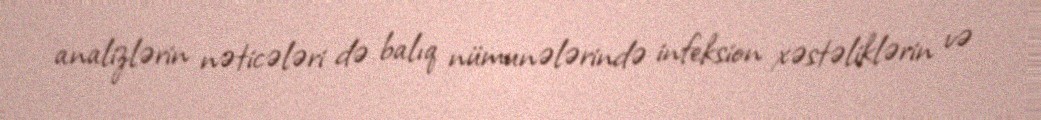
analizlərin nəticələri də balıq nümunələrində infeksion xəstəliklərin və